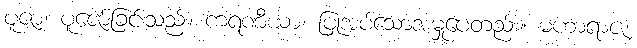
ပူဇာ၊ ပူဇော်ခြင်းသည်။ ကရဏီယာ၊ ပြုအပ်သောအမှုပေတည်း။ မဟာရာဇ၊